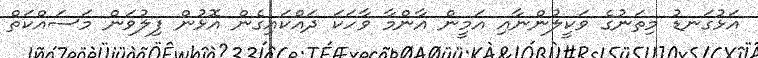
އަޅުގަނޑު މިތަނުގެ ވަކީލުންނާއި އަމީން އާންމާ ވާހަކަ ދައްކައިގެން އޮޅުން ފިލުވަން މަސައްކަތް